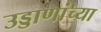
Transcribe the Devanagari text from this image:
उड्डाणांच्या